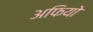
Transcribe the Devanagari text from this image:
अफियो